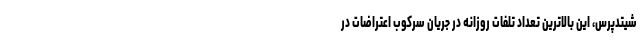
شیتدپرس، این بالاترین تعداد تلفات روزانه در جریان سرکوب اعتراضات در